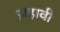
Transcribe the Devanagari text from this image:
ज़हावी